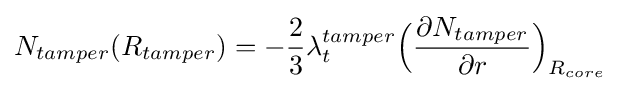
N_{tamper}(R_{tamper})=-{\frac {2}{3}}\lambda _{t}^{tamper}{\Bigl (}{\frac {\partial N_{tamper}}{\partial r}}{\Bigr )}_{R_{core}}